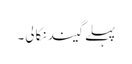
پہلے گیند نکالی۔